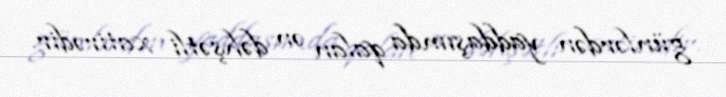
günlərdən yaddaşımda qalan ən dəhşətli xatirədir.